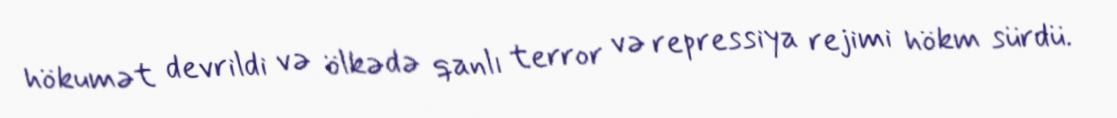
hökumət devrildi və ölkədə qanlı terror və repressiya rejimi hökm sürdü.